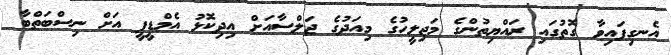
އެނގިފައިވާ ގޮތުގައި ރައްޔިތުންގެ މަޖިލީހުގެ މިއަދުގެ ޖަލްސާއަށް އިދިކޮޅު އެމްޑީޕީ އަށް ނިސްބަތްބާ